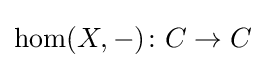
\operatorname {hom} (X,-)\colon C\to C